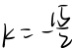
k = \frac { 1 5 } { 2 }